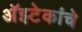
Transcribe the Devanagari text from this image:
अॅझ्टेकांचे